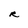
Character: R